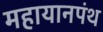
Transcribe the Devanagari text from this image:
महायानपंथ